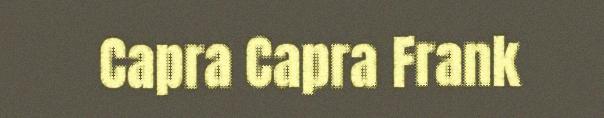
Capra Capra Frank